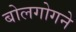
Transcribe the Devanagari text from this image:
बोलगोगने